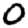
Digit: 0